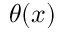
\theta ( x )